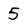
Character: 5